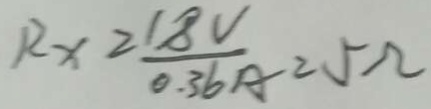
R _ { x } = \frac { 1 8 V } { 0 . 3 6 A } = 5 \Omega